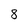
Character: 8